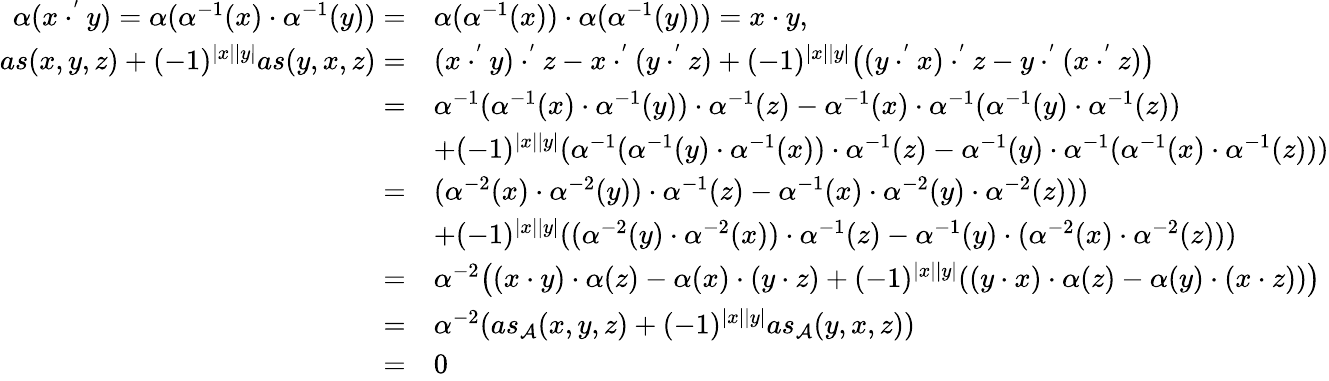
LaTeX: \begin{array}{rl}{\alpha(x\cdot^{'}y)=\alpha(\alpha^{-1}(x)\cdot\alpha^{-1}(y))=}&{\alpha(\alpha^{-1}(x))\cdot\alpha(\alpha^{-1}(y)))=x\cdot y,}\\ {as(x,y,z)+(-1)^{|x||y|}as(y,x,z)=}&{(x\cdot^{'}y)\cdot^{'}z-x\cdot^{'}(y\cdot^{'}z)+(-1)^{|x||y|}\big((y\cdot^{'}x)\cdot^{'}z-y\cdot^{'}(x\cdot^{'}z)\big)}\\ {=}&{\alpha^{-1}(\alpha^{-1}(x)\cdot\alpha^{-1}(y))\cdot\alpha^{-1}(z)-\alpha^{-1}(x)\cdot\alpha^{-1}(\alpha^{-1}(y)\cdot\alpha^{-1}(z))}\\ &{+(-1)^{|x||y|}(\alpha^{-1}(\alpha^{-1}(y)\cdot\alpha^{-1}(x))\cdot\alpha^{-1}(z)-\alpha^{-1}(y)\cdot\alpha^{-1}(\alpha^{-1}(x)\cdot\alpha^{-1}(z)))}\\ {=}&{(\alpha^{-2}(x)\cdot\alpha^{-2}(y))\cdot\alpha^{-1}(z)-\alpha^{-1}(x)\cdot\alpha^{-2}(y)\cdot\alpha^{-2}(z)))}\\ &{+(-1)^{|x||y|}((\alpha^{-2}(y)\cdot\alpha^{-2}(x))\cdot\alpha^{-1}(z)-\alpha^{-1}(y)\cdot(\alpha^{-2}(x)\cdot\alpha^{-2}(z)))}\\ {=}&{\alpha^{-2}\big((x\cdot y)\cdot\alpha(z)-\alpha(x)\cdot(y\cdot z)+(-1)^{|x||y|}((y\cdot x)\cdot\alpha(z)-\alpha(y)\cdot(x\cdot z))\big)}\\ {=}&{\alpha^{-2}(as_{\mathcal A}(x,y,z)+(-1)^{|x||y|}as_{\mathcal A}(y,x,z))}\\ {=}&{0}\end{array}